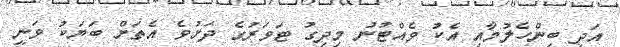
އަދި ބިންހެލުމާއި އެކު ވެއްޓުނު މިދިގު ޓަވަރުގެ ދަށުވެ އެތަށް ބަޔަކު ވަނީ